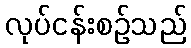
လုပ်ငန်းစဉ်သည်